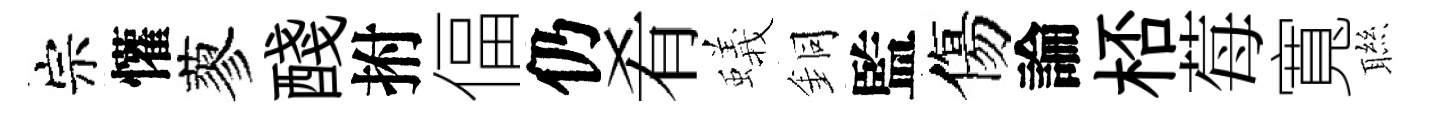
宗懽蓼醆拊偪仍肴蟻銅監傷論桮莓寬聮